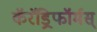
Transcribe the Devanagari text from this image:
कॅरॅड्रिफॉर्मस्